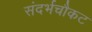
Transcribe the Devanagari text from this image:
संदर्भचौकट